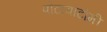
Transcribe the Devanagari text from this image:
पोटावाटोमी